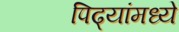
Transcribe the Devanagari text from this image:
पिढ्यांमध्ये